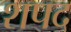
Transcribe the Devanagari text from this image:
शपद